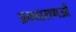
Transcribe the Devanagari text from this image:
अवधाराणओं